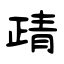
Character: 靕